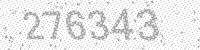
Solution: 276343